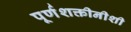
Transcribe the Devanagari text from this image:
पूर्णशक्तीनीशी